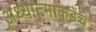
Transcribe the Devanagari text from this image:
अध्यात्माकडेच